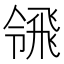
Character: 𩙳